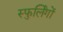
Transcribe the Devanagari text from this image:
स्फुर्लिंगों